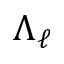
\Lambda _ { \ell }